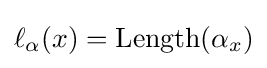
\ell _{\alpha }(x)=\operatorname {Length} (\alpha _{x})